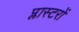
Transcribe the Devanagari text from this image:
प्लास्टरों